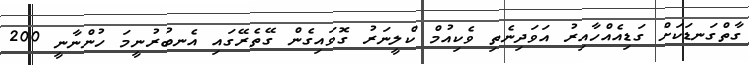
ގާތްގަނޑަކަށް ގަޑިއެއްހާއިރު އަވަދިނެތި ވެކިއުމް ކްލީނަރު ގޮވައިގެން ގޭތެރޭގައި އެނބުރުނީމަ ހުންނާނީ 200